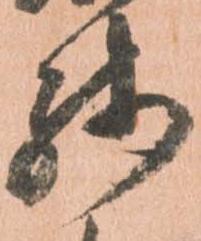
残